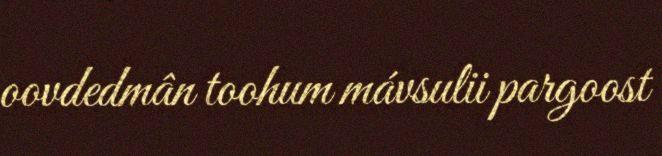
oovdedmân toohum mávsulii pargoost